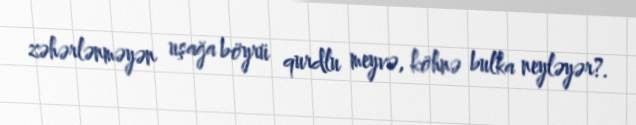
zəhərlənməyən uşağa böyrü qurdlu meyvə, köhnə bulka neyləyər?.